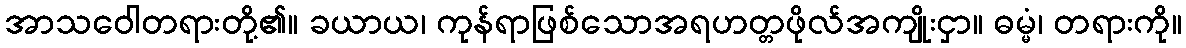
အာသဝေါတရားတို့၏။ ခယာယ၊ ကုန်ရာဖြစ်သောအရဟတ္တဖိုလ်အကျိုးငှာ။ ဓမ္မံ၊ တရားကို။